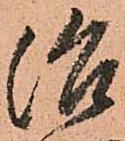
治